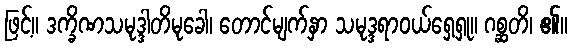
ဖြင့်။ ဒက္ခိဏသမုဒ္ဒါတိမုခေါ၊ တောင်မျက်နှာ သမုဒ္ဒရာဝယ်ရှေ့ရှု။ ဂစ္ဆတိ၊ ၏။